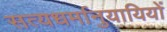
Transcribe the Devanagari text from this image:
सत्यधर्मानुयायियों